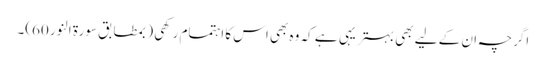
اگرچہ ان کے لیے بھی بہتر یہی ہے کہ وہ بھی اس کا اہتمام رکھی (بمطابق سورۃ النور 60)۔